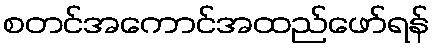
စတင်အကောင်အထည်ဖော်ရန်